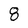
Character: 8